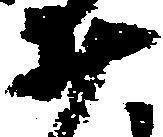
井